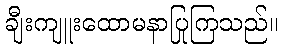
ချီးကျူးထောမနာပြုကြသည်။